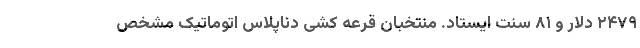
۲۴۷۹ دلار و ۸۱ سنت ایستاد. منتخبان قرعه کشی دناپلاس اتوماتیک مشخص